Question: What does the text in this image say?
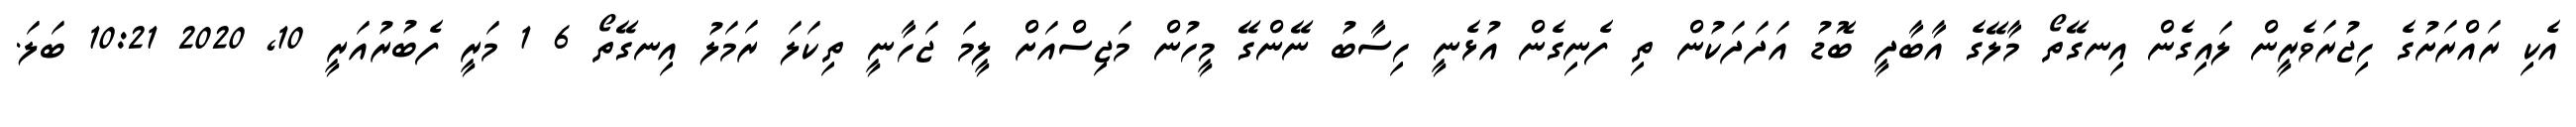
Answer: އެކި ރައްރަށުގެ ހިޖުރަވެރީން ލައިގެން އިނގޭތޯ މާލޭގެ އާބާދީ ބޮޑު އަދަދަކުން ތި ފެނިގެން އުޅެނީ ހިސާބު ނޭންގޭ މީހުން މަޖިސްއަށް ލީމަ ޖަހާނީ ތިކަލަ ރަމަލު އިނގޭތޯ 6 1 މަރީ ފެބުރުއަރީ 10, 2020 10:21 ބަލަ.